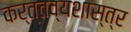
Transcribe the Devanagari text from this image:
कर्त्तव्यशास्त्र